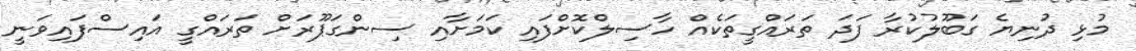
މުޅި ދުނިޔެ ގަބޫލުކުރާ ފަދަ ތަރައްގީތަކެއް ހާސިލްކޮށްފައި ކަމަށާއި ސިންގަޕޫރަށް ތަރައްގީ އައިސްފައިވަނީ